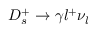
D _ { s } ^ { + } \to \gamma l ^ { + } \nu _ { l }